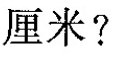
厘米?